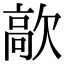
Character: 歊